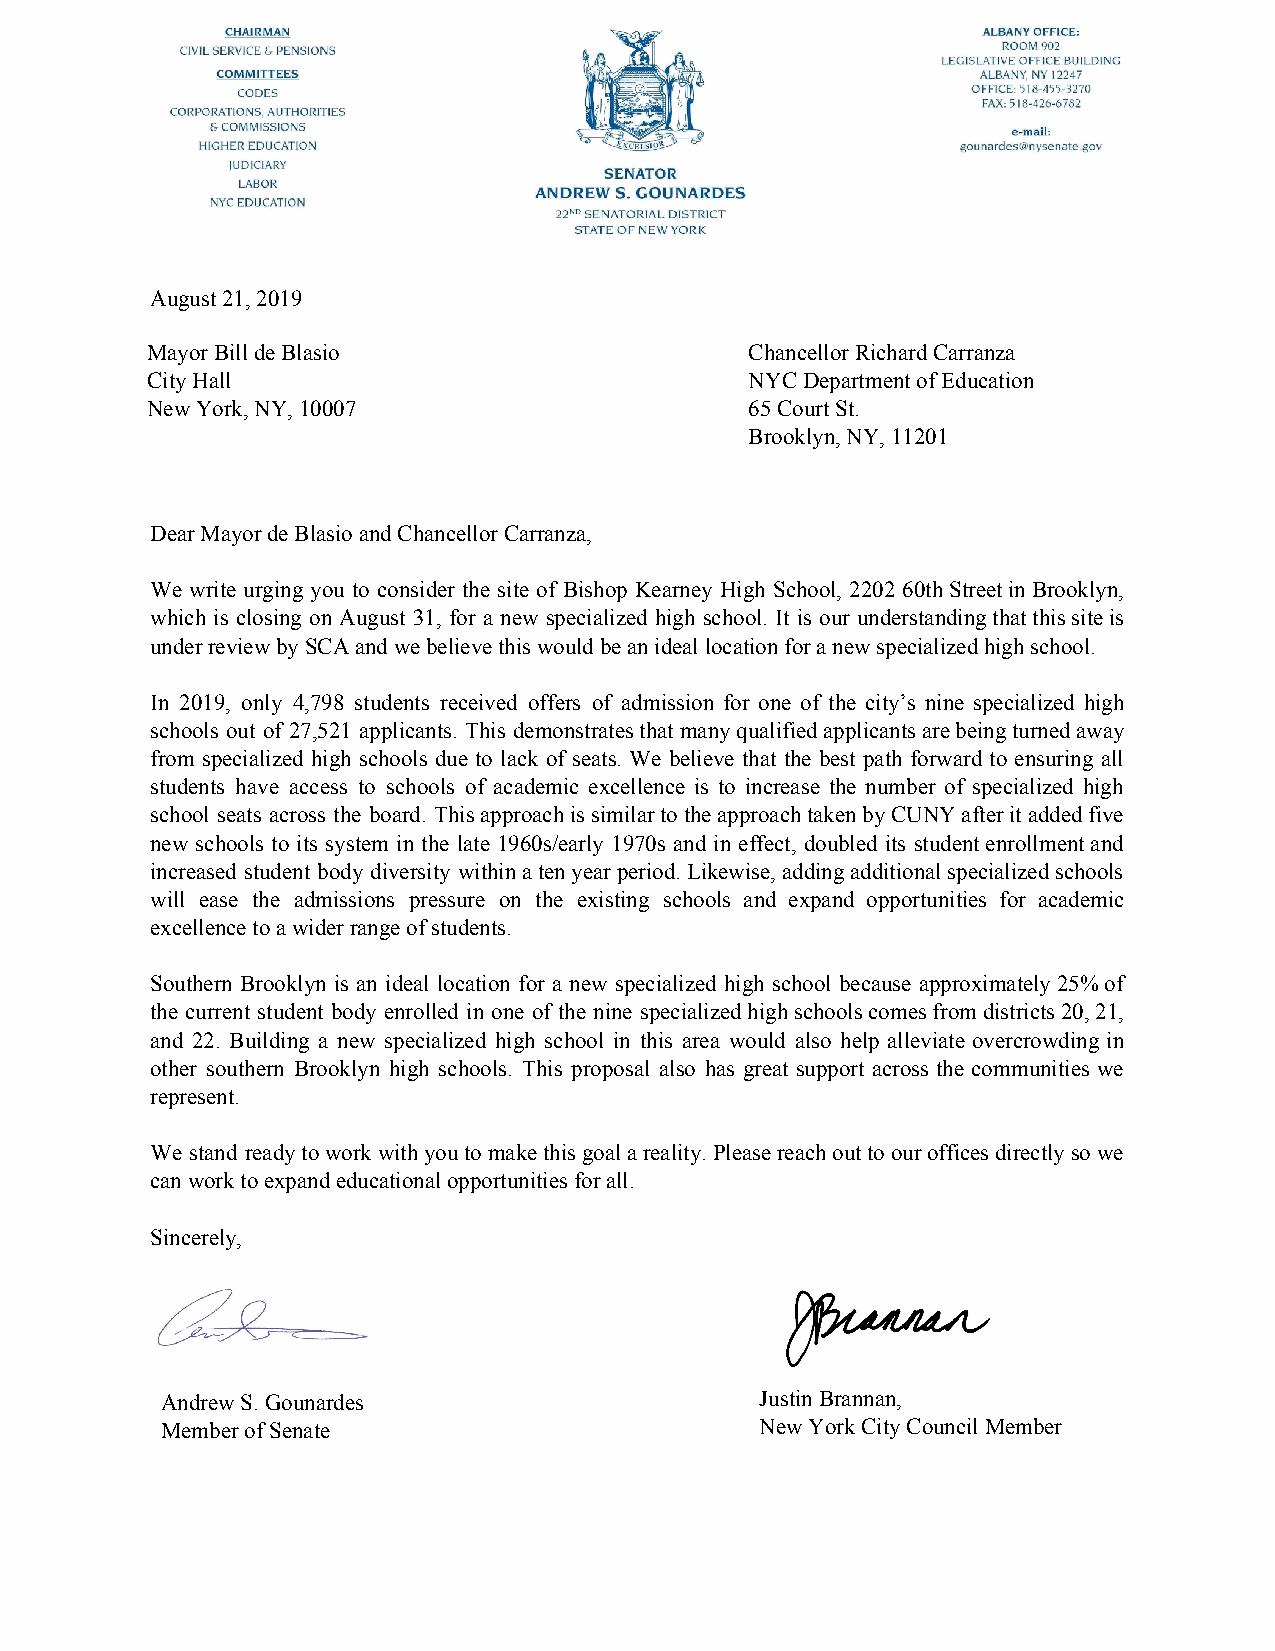
August 21, 2019
 Mayor Bill de Blasio                    Chancellor Richard Carranza
 City Hall                               NYC Department of Education
 New York, NY, 10007                     65 Court St.
 Brooklyn, NY, 11201
 Dear Mayor de Blasio and Chancellor Carranza,
 We write urging you to consider the site of Bishop Kearney High School, 2202 60th Street in Brooklyn,
 which is closing on August 31, for a new specialized high school. It is our understanding that this site is
 under review by SCA and we believe this would be an ideal location for a new specialized high school.
 In 2019, only 4,798 students received offers of admission for one of the city’s nine specialized high
 schools out of 27,521 applicants. This demonstrates that many qualified applicants are being turned away
 from specialized high schools due to lack of seats. We believe that the best path forward to ensuring all
 students have access to schools of academic excellence is to increase the number of specialized high
 school seats across the board. This approach is similar to the approach taken by CUNY after it added five
 new schools to its system in the late 1960s/early 1970s and in effect, doubled its student enrollment and
 increased student body diversity within a ten year period. Likewise, adding additional specialized schools
 will ease the admissions pressure on the existing schools and expand opportunities for academic
 excellence to a wider range of students.
 Southern Brooklyn is an ideal location for a new specialized high school because approximately 25% of
 the current student body enrolled in one of the nine specialized high schools comes from districts 20, 21,
 and 22. Building a new specialized high school in this area would also help alleviate overcrowding in
 other southern Brooklyn high schools. This proposal also has great support across the communities we
 represent.
 We stand ready to work with you to make this goal a reality. Please reach out to our offices directly so we
 can work to expand educational opportunities for all.
 Sincerely,
 Andrew S. Gounardes                    Justin Brannan,
 Member of Senate                       New York City Council Member